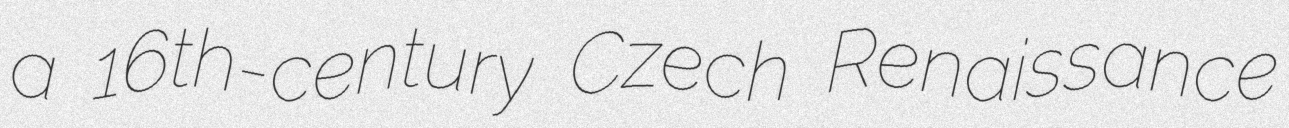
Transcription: a 16th-century Czech Renaissance